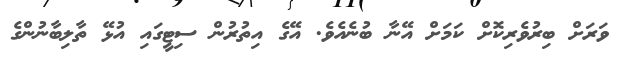
ވަރަށް ބިރުވެރިކޮށް ކަމަށް އޭނާ ބުނެއެވެ. އޭގެ އިތުރުން ސިޓީގައި އުޅޭ ތާލިބާނުންގެ